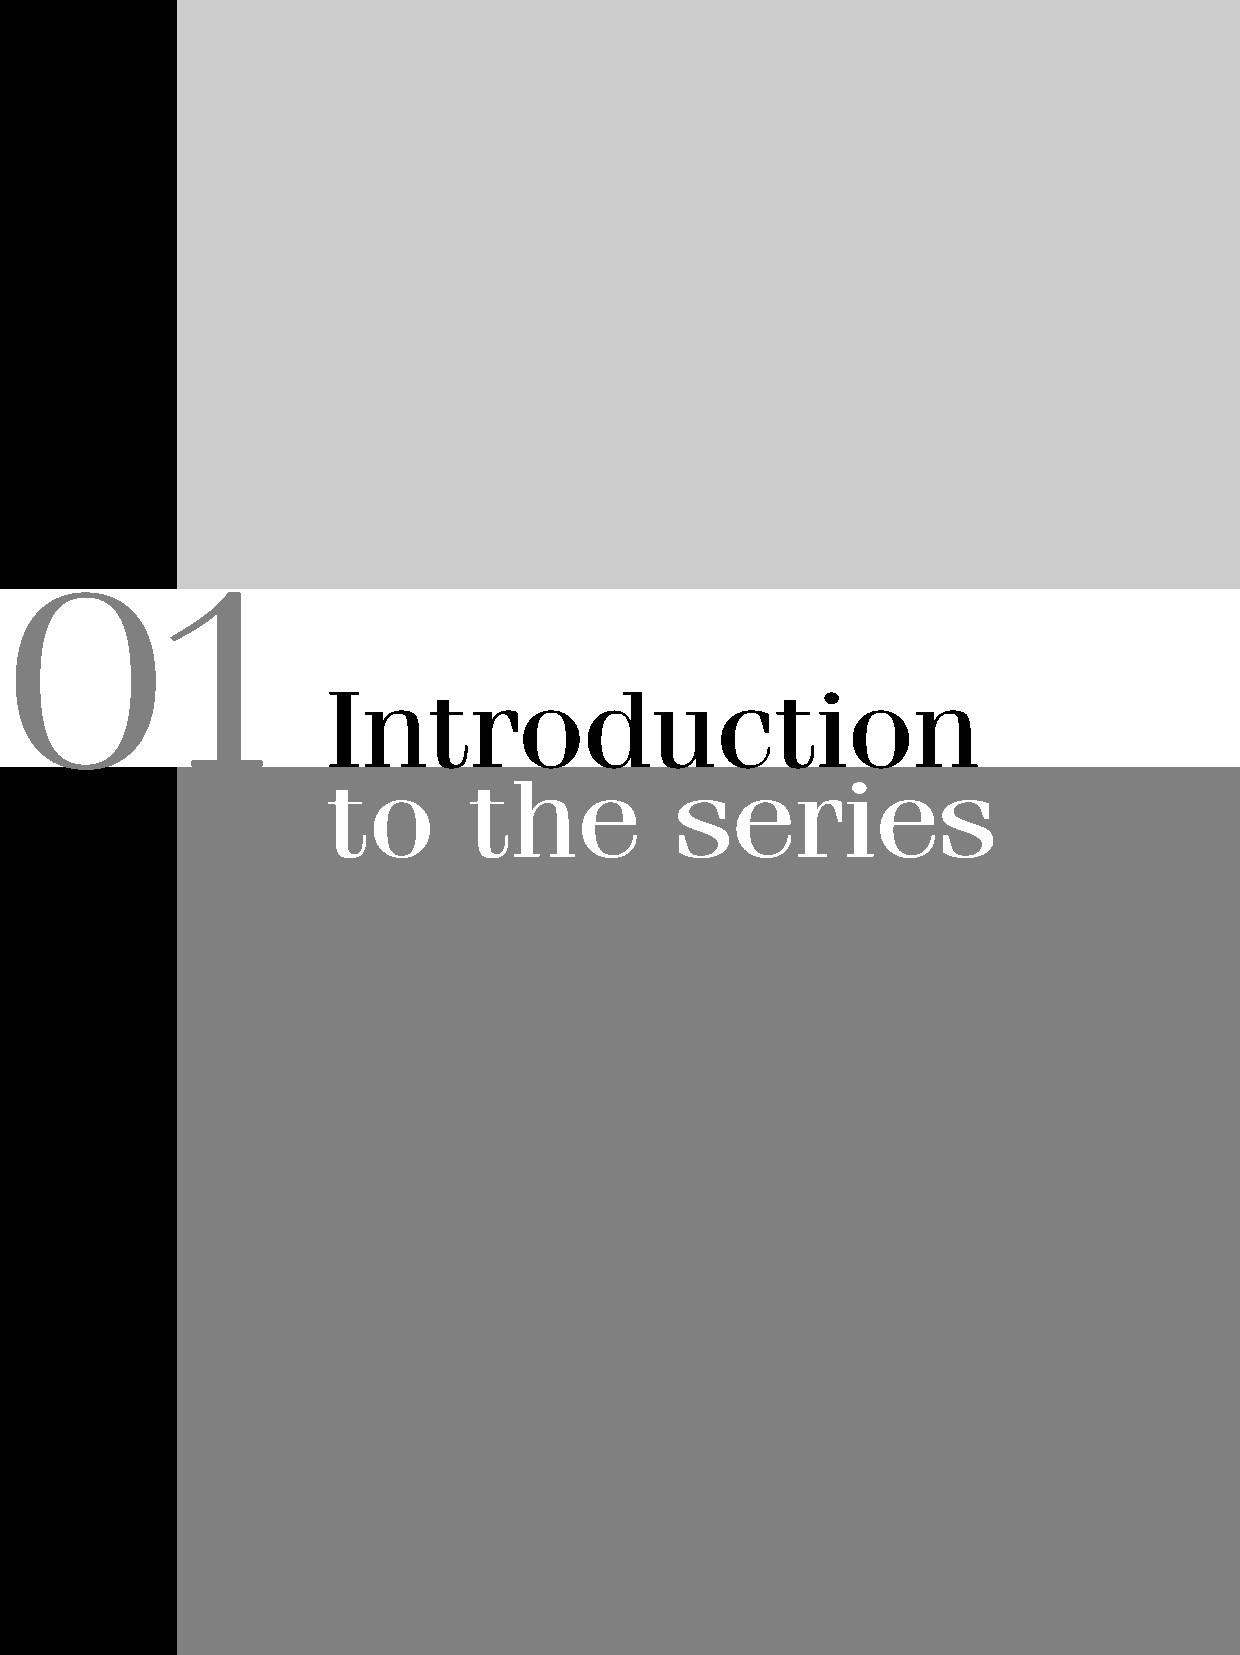
01
 In    t  r  o    d   u   c   t  i o   n
 to       the           series